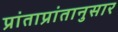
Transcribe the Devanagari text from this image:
प्रांताप्रांतानुसार